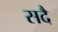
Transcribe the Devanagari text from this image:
सदै